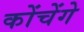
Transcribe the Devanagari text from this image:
कोंचेंगे